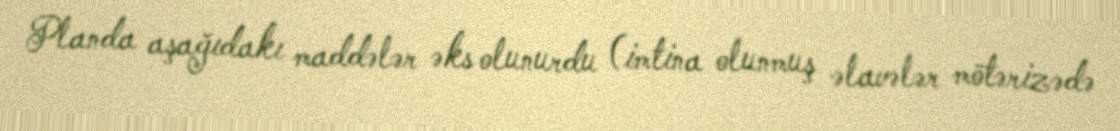
Planda aşağıdakı maddələr əks olunurdu (imtina olunmuş əlavələr mötərizədə